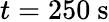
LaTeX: t=250~\mathrm{s}